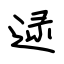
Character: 逯